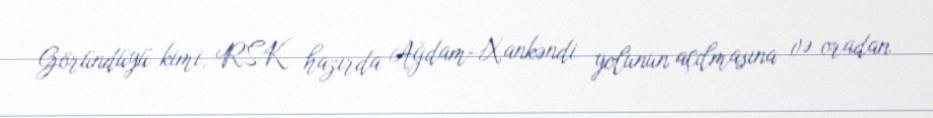
Göründüyü kimi, RSK hazırda Ağdam-Xankəndi yolunun açılmasına və oradan